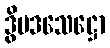
ဒွိပဒသေဋ္ဌော